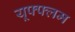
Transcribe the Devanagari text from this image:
यूफ्फ्लम